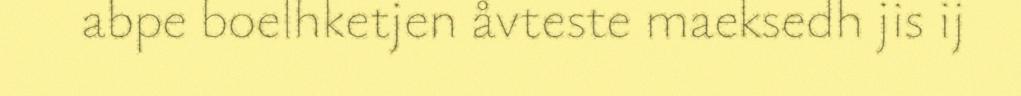
abpe boelhketjen åvteste maeksedh jis ij